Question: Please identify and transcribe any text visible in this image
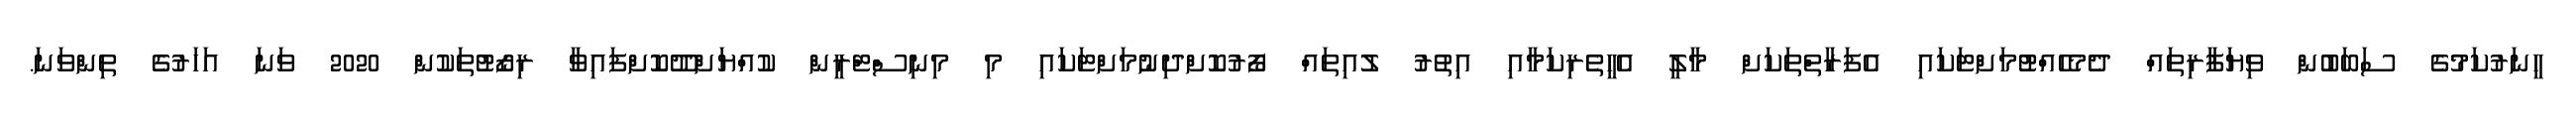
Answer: ހީނަރުކަމުގެ ސަބަބުން ވިޔަފާރިތައް ދެމެހެއްޓުމަށްޓަކައި އެފަރާތްތަކަށް މާލީ އެހީތެރިކަމާއި އިތުރު ލުއިތައް ފޯރުކޮށްދިނުމަށްޓަކައި މި މިނިސްޓްރީން ކުއްޔަށްދޫކޮށްފައިވާ ރިޒޯޓުތަކުން 2020 ވަނަ އަހަރުގެ ތިންވަނަ.